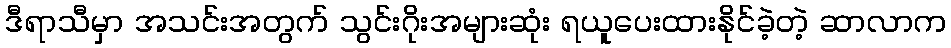
ဒီရာသီမှာ အသင်းအတွက် သွင်းဂိုးအများဆုံး ရယူပေးထားနိုင်ခဲ့တဲ့ ဆာလာက